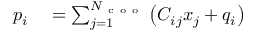
\begin{array} { r l } { p _ { i } } & { { } = \sum _ { j = 1 } ^ { N _ { \mathrm { ~ c ~ o ~ o ~ } } } \left( C _ { i j } x _ { j } + q _ { i } \right) } \end{array}